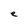
Character: e